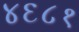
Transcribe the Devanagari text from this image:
४६८१